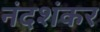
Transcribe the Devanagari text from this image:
नंदशंकर